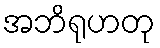
အဘိရုဟတု